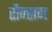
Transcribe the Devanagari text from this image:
रौन्सन